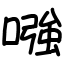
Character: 𠼢